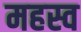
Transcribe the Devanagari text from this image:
महस्व